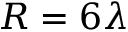
R = 6 \lambda